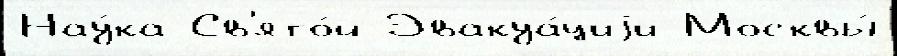
Нау́ка Св'ято́й Эвакуа́циjи Москвы́